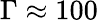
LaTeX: \Gamma\approx 100